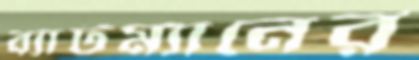
ব্যাটম্যানের